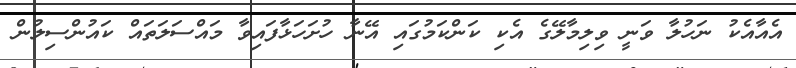
އެއާއެކު ނަހުލާ ވަނީ ވިލިމާލޭގެ އެކި ކަންކަމުގައި އޭނާ ހުށަހަޅާފައިވާ މައްސަލަތައް ކައުންސިލުން